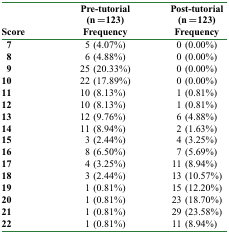
| Score | Pre-tutorial (n = 123) Frequency | Post-tutorial (n = 123) Frequency |
 | --- | --- | --- |
 | 7 | 5 (4.07%) | 0 (0.00%) |
 | 8 | 6 (4.88%) | 0 (0.00%) |
 | 9 | 25 (20.33%) | 0 (0.00%) |
 | 10 | 22 (17.89%) | 0 (0.00%) |
 | 11 | 10 (8.13%) | 1 (0.81%) |
 | 12 | 10 (8.13%) | 1 (0.81%) |
 | 13 | 12 (9.76%) | 6 (4.88%) |
 | 14 | 11 (8.94%) | 2 (1.63%) |
 | 15 | 3 (2.44%) | 4 (3.25%) |
 | 16 | 8 (6.50%) | 7 (5.69%) |
 | 17 | 4 (3.25%) | 11 (8.94%) |
 | 18 | 3 (2.44%) | 13 (10.57%) |
 | 19 | 1 (0.81%) | 15 (12.20%) |
 | 20 | 1 (0.81%) | 23 (18.70%) |
 | 21 | 1 (0.81%) | 29 (23.58%) |
 | 22 | 1 (0.81%) | 11 (8.94%) |